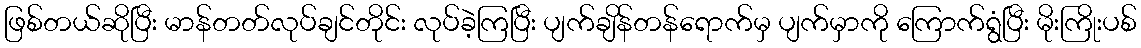
ဖြစ်တယ်ဆိုပြီး မာန်တတ်လုပ်ချင်တိုင်း လုပ်ခဲ့ကြပြီး ပျက်ချိန်တန်ရောက်မှ ပျက်မှာကို ကြောက်ရွံပြီး မိုးကြိုးပစ်